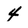
Character: 4